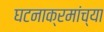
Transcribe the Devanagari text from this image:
घटनाक्रमांच्या